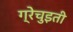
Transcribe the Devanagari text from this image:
ग्रेचुइती